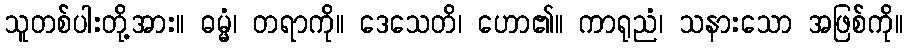
သူတစ်ပါးတို့အား။ ဓမ္မံ၊ တရာကို။ ဒေသေတိ၊ ဟော၏။ ကာရုညံ၊ သနားသော အဖြစ်ကို။